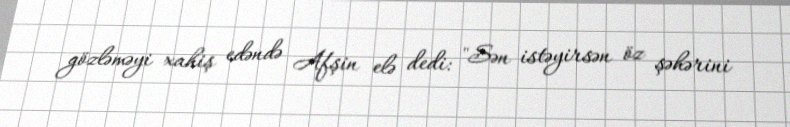
gözləməyi xahiş edəndə Afşin elə dedi: "Sən istəyirsən öz şəhərini